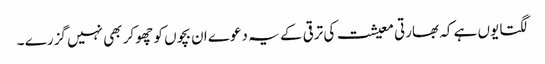
لگتا یوں ہے کہ بھارتی معیشت کی ترقی کے یہ دعوے ان بچوں کو چھو کر بھی نہیں گزرے ۔